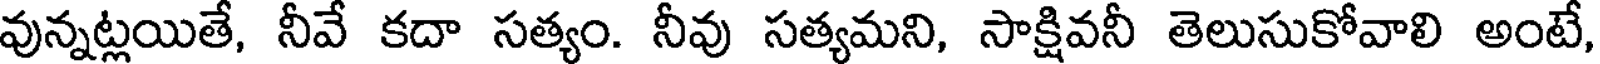
వున్నట్లయితే, నీవే కదా సత్యం. నీవు సత్యమని, సాక్షివనీ తెలుసుకోవాలి అంటే